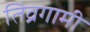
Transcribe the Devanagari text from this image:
तिव्रगामी